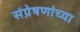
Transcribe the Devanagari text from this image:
संप्रेषणांच्या